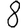
Digit: 8